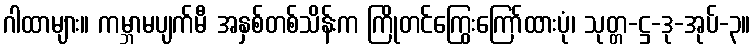
ဂါထာများ။ ကမ္ဘာမပျက်မီ အနှစ်တစ်သိန်းက ကြိုတင်ကြွေးကြော်ထားပုံ၊ သုတ္တ-ဋ္ဌ-ဒု-အုပ်-၃။